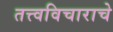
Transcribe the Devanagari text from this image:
तत्त्वविचाराचे